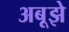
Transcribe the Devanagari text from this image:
अबूझे